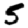
Digit: 5